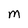
Character: M